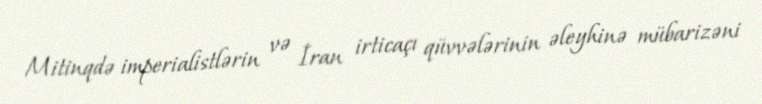
Mitinqdə imperialistlərin və İran irticaçı qüvvələrinin əleyhinə mübarizəni